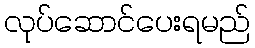
လုပ်ဆောင်ပေးရမည်